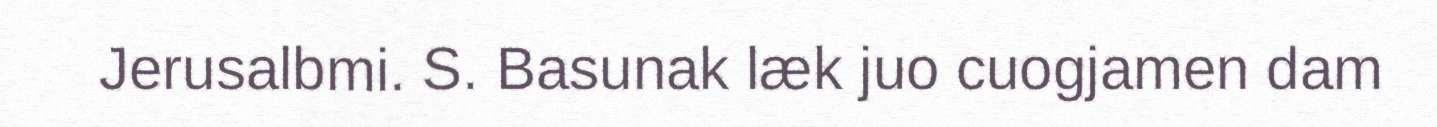
Jerusalbmi. S. Basunak læk juo cuogjamen dam